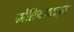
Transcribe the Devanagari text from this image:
कोलियाप्टाइल